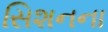
સિશનના